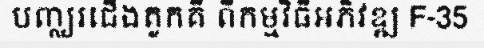
បញ្ឈរជើងតួកគី ពីកម្មវិធីអភិវឌ្ឍ F-35